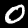
Label: 0